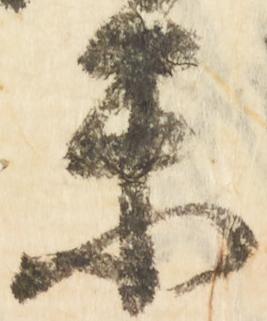
楽